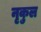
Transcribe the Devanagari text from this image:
नृकुल